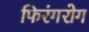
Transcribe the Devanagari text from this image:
फिरंगरोग